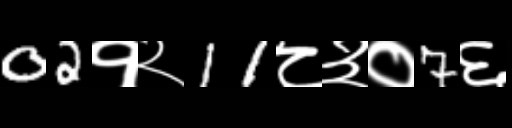
Text: 02१२11८३०7६